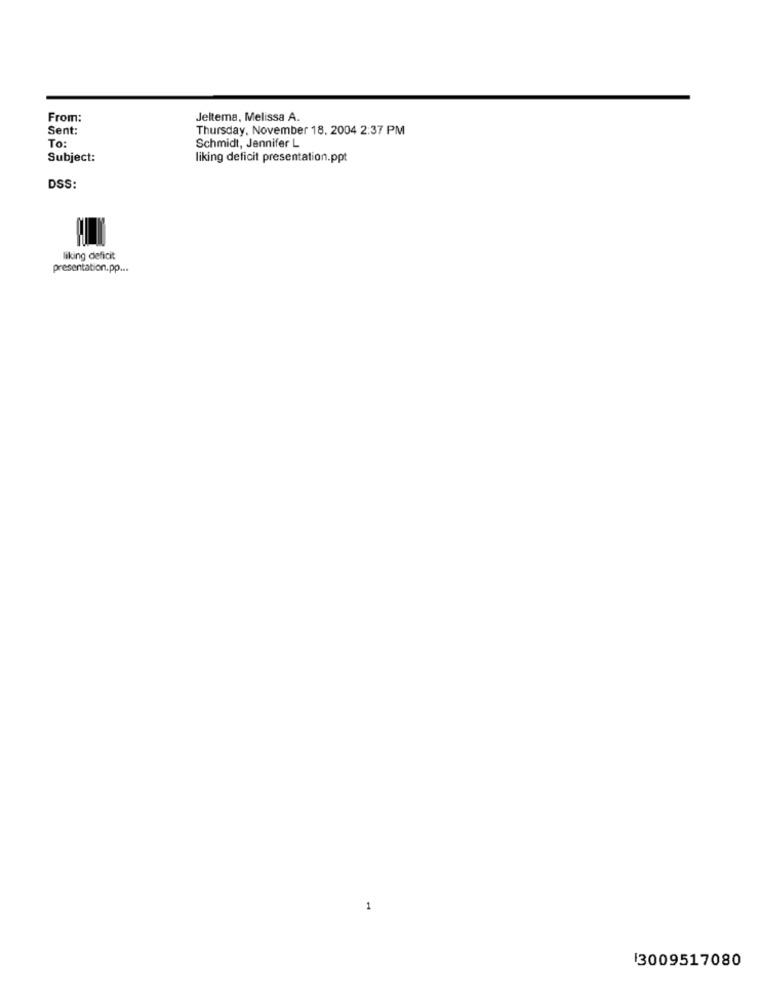
From:
Jeltema, Melissa A.
Sent:
Thursday, November 18. 2004 2:37 PM
To:
Schmidt, Jennifer L
Subject:
liking deficit presentation.ppt
DSS:
liking deficit
presentation.pp ...
1
13009517080